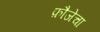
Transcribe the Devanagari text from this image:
फ़ौजेचा